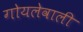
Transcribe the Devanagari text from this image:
गोयलेवाली